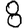
Digit: 8